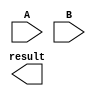
module booth_multiplier(
    input [7:0] A,
    input [7:0] B,
    output reg [15:0] result
);

reg [7:0] A_reg, B_reg;
reg [15:0] accumulator;

// Registers to store the values of A and B
always @(posedge clk) begin
    A_reg <= A;
    B_reg <= B;
end

// Booth Encoder to generate control signals
// Multiplier to compute product using Booth's algorithm
// Accumulator to accumulate partial products
// Operation-specific control logic

assign result = accumulator;

endmodule